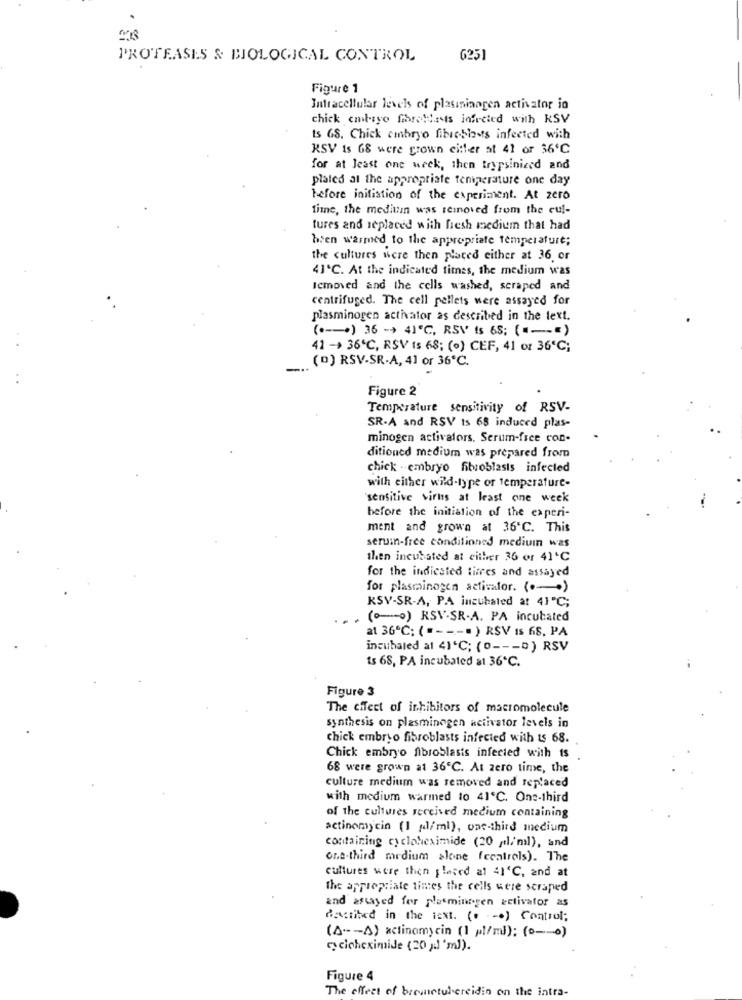
PROTEASES & BIOLOGICAL CONTROL
6251
Figure 1
Intracellular levels of plasininogen activator io
chick embryo forattests infected with RSV
ts GS. Chick embryo fibre-blasts infected with
KSV is 68 were grown citler at 41 or 36℃
for at least one week, then trypsinized and
plated at the appropriate temperature one day
before initiation of the experiment. At zero
finne, the medisin was removed from the cul-
tures and replaced with fresh medium that had
bien warmed to the appropriate temperature;
the cultures were then placed either at 36, or
41℃. At the indicated times, the medium was
Icmoved and the cells washed, scraped and
centrifuged. The cell pellets were assayed for
plasminogen activator as described in the text.
(+-+) 36 -> 41℃, RSV $ 68; ( =-= )
41 -> 36℃, RSV Is 68; (o) CEF, 41 or 36℃;
( D) RSV-SR-A, 41 or 36℃.
Figure 2
Temperature sensitivity of RSV-
SR.A and RSV ts 68 induced plas-
minogen activators. Serum-free con-
ditioncd medium was prepared from
chick embryo fibroblasts infected
with either wild-type or temperature-
"sensitive virus at least one week
before the initiation of the experi-
ment and grown at 36 ℃. This
seruin-free conditioned medium was
then incubated at either 36 or 41'℃
for the indicated titres and assayed
for plasminogen activator. ( .-. )
KSV-SR-A, PA incubated at 41℃;
. (o -- o) RSV-SR-A. PA incubated
at 36℃; ( = - --. ) RSV Is 68, PA
incubated at 41'℃; (0 --- D) RSV
ts 68, PA incubated at 36℃.
Figure 3
The effect of inhibitors of macromolecule
synthesis on plasminogen activator levels in
chick embryo fibroblasts infected with ts 68.
Chick embryo fibroblasts infected with ts
68 were grown at 36℃. At zero time, the
culture medium was removed and replaced
with medium warmed to 41℃. One-third
of the cultures received medium containing
actinomycin (1 dl/ml), one-third medium
containing cycloheximide (20 g/m), and
one-third medium alone (controls). The
cultures were then placed at 41'℃, and at
the appropriate times the cells were scraped
and astayed for plasminogen activator as
described in the next. (. ... ) Control;
(A -- >) xclinomycin (1 w/m): (0-0)
cycloheximide (20 y] 'm)).
Figure 4
The effect of brownetubercidin on the intra-